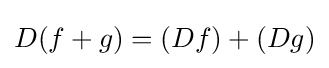
D(f+g)=(Df)+(Dg)